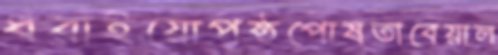
ধরাইয়োপৃষ্ঠপোষতাবেয়াল